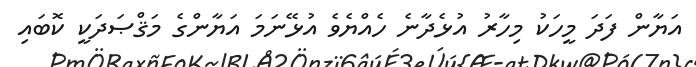
އަޔާން ފަދަ މީހަކު މިހާރު އުޅެދާނެ ހެއްޔެވެ އުޅޭނަމަ އަޔާންގެ މަޤްޞަދަކީ ކޮބައި